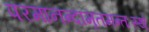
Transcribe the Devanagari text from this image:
परमानन्दामृतमन्तःस्थं